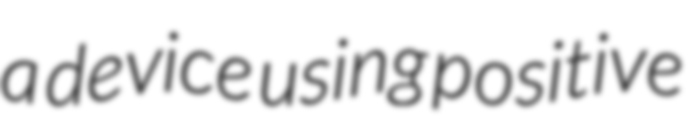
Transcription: a device using positive